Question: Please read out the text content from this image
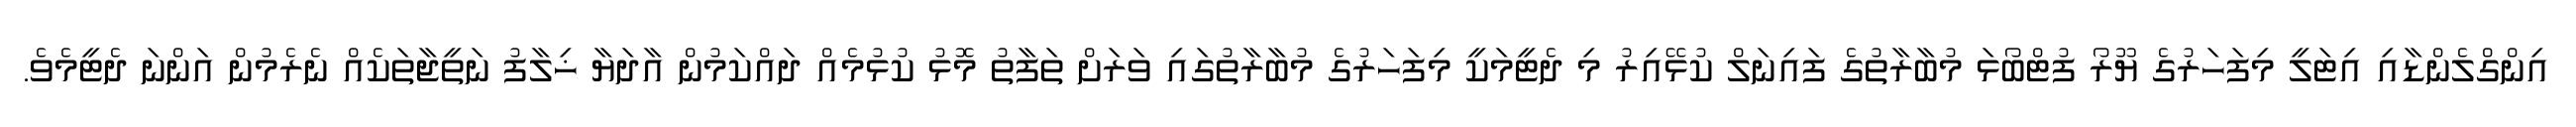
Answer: އިންގްލެންޑާއި އިޓަލީ މިފަހަރުގެ ޔޫރޯ ފުޓްބޯޅަ މުބާރާތުގެ ފައިނަލް ކުޅޭއިރު މި ދެޓީމަކީ މިފަހަރުގެ މުބާރާތުގައި ވަރަށް ތަފާތު މޮޅު ކުޅުމެއް ދައްކަމުން އާދަޔާ ޚިލާފު ނަތީޖާތަކެއް ނެރެމުން އަންނަ ދެޓީމެވެ.